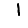
Digit: 1